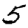
Digit: 5